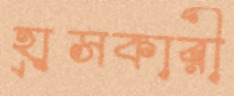
হ্রাসকারী